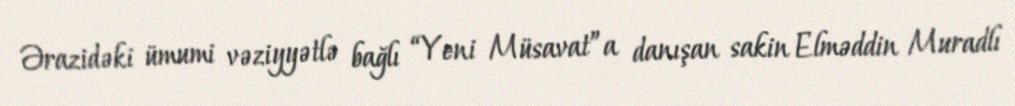
Ərazidəki ümumi vəziyyətlə bağlı “Yeni Müsavat”a danışan sakin Elməddin Muradlı